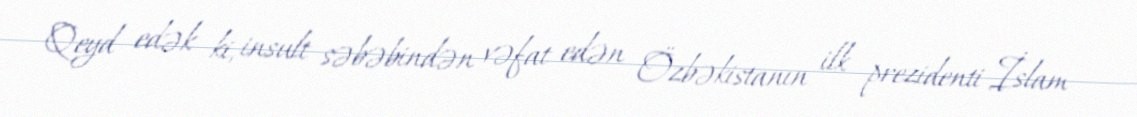
Qeyd edək ki, insult səbəbindən vəfat edən Özbəkistanın ilk prezidenti İslam